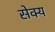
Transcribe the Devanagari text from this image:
सेक्य